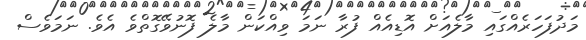
މަދުފަހަރެއްގައި މާލެއަށް އޮޑިއެއް ފުރާ ނަމަ ވިއްކަން މާލެ ފޮނުވޭގޮތްވެ އެވެ. ނަމަވެސް